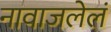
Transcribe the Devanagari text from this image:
नावाजलेलं